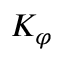
K _ { \varphi }